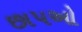
છાપઓ